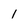
Character: 1